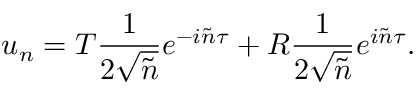
u _ { n } = T \frac { 1 } { 2 \sqrt { \tilde { n } } } e ^ { - i \tilde { n } \tau } + R \frac { 1 } { 2 \sqrt { \tilde { n } } } e ^ { i \tilde { n } \tau } .